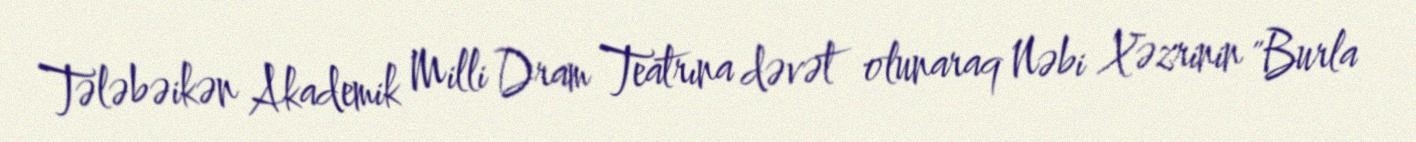
Tələbəikən Akademik Milli Dram Teatrına dəvət olunaraq Nəbi Xəzrinin "Burla